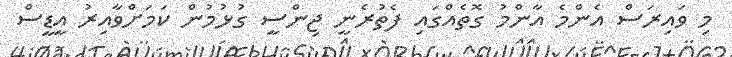
މި ވައިރަސް އެންމެ އާންމު ގޮތެއްގައި ފެތުރެނީ ޖިންސީ ގުޅުމުން ކަމަށްވާއިރު އީޑީސް